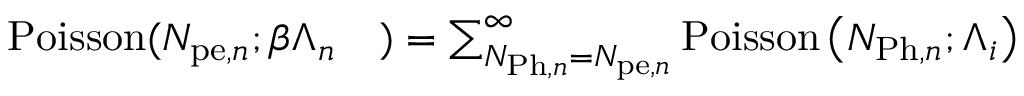
\begin{array} { r l } { \mathrm { P o i s s o n } ( N _ { \mathrm { p e } , n } ; \beta \Lambda _ { n } } & { { } ) = \sum _ { N _ { \mathrm { P h } , n } = N _ { \mathrm { p e } , n } } ^ { \infty } \mathrm { P o i s s o n } \left( N _ { \mathrm { P h } , n } ; \Lambda _ { i } \right) } \end{array}